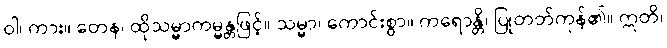
ဝါ၊ ကား။ တေန၊ ထိုသမ္မာကမ္မန္တဖြင့်။ သမ္မာ၊ ကောင်းစွာ။ ကရောန္တိ၊ ပြုတတ်ကုန်၏။ ဣတိ၊